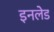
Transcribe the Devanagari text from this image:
इनलेड